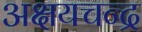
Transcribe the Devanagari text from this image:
अक्षयचन्द्र